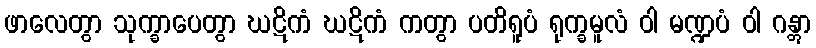
ဖာလေတွာ သုက္ခာပေတွာ ဃဋိကံ ဃဋိကံ ကတွာ ပတိရူပံ ရုက္ခမူလံ ဝါ မဏ္ဍပံ ဝါ ဂန္တွာ